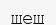
шеш